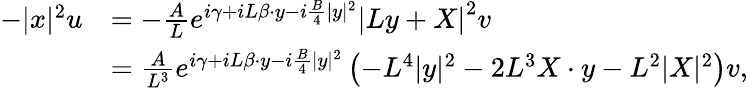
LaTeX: \begin{array}{rl}{-|x|^{2}u}&{=-\frac{A}{L}e^{i\gamma+iL\beta\cdot y-i\frac{B}{4}|y|^{2}}\left|Ly+X\right|^{2}v}\\ &{=\frac{A}{L^{3}}e^{i\gamma+iL\beta\cdot y-i\frac{B}{4}|y|^{2}}\left(-L^{4}|y|^{2}-2L^{3}X\cdot y-L^{2}|X|^{2}\right)v,}\end{array}